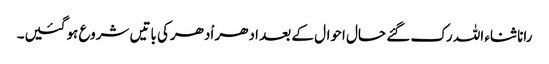
رانا ثناء اللہ رک گئے حال احوال کے بعد ادھر اْدھرکی باتیں شروع ہوگئیں۔